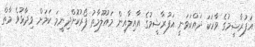
އަފުރާޝީމުގެ ވާހަކަ ދައްކަވަނީ އަފުރާޝީމުގެ އާއިލާއިން މައުލޫމާތު ފޯރުކޮށްދިނީމަ ކަމަށް ވިދާޅުވެ މާތް